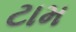
ટામ